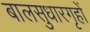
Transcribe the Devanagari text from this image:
बालसुधारगृहों